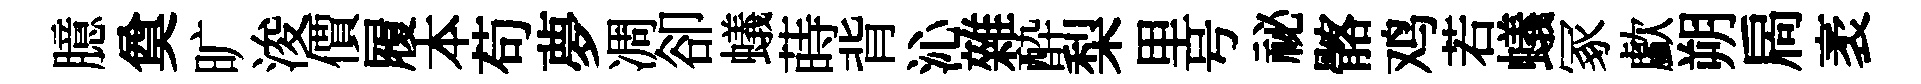
臆奠旷浚價履本苟夢凋卻蟻蒔背沁雜酔梨里号祕髂鸡若蟻冢歔朔扄袤